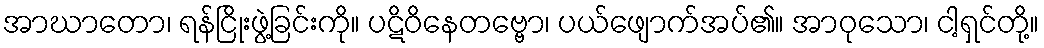
အာဃာတော၊ ရန်ငြိုးဖွဲ့ခြင်းကို။ ပဋိဝိနေတဗ္ဗော၊ ပယ်ဖျောက်အပ်၏။ အာဝုသော၊ ငါ့ရှင်တို့။